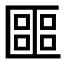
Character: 𠥡